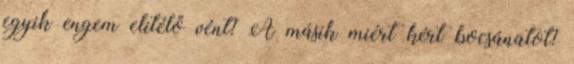
egyik engem elitélő vént? A másik miért kért bocsánatot?